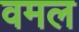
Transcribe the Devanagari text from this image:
वमल